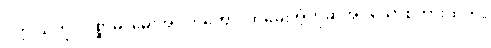
ပက္ကုသကို။ ပုစ္ဆာမိ၊ မေးအံ့။ တတော၊ ထိုမေးအံ့ဟုဆိုအပ်သောစကားထက်။